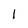
Character: 1